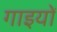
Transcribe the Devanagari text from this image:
गाइयों